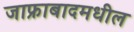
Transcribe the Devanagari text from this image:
जाफ्राबादमधील